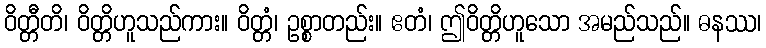
ဝိတ္တီတိ၊ ဝိတ္တိဟူသည်ကား။ ဝိတ္တံ၊ ဥစ္စာတည်း။ ဧတံ၊ ဤဝိတ္တိဟူသော အမည်သည်။ ဓနဿ၊